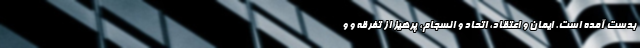
بدست آمده است. ایمان و اعتقاد، اتحاد و انسجام، پرهیز از تفرقه و و